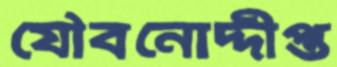
যৌবনোদ্দীপ্ত